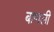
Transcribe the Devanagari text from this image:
बाणली